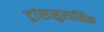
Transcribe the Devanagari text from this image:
ट्रांससुरानिक